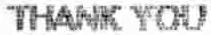
THANK YOU